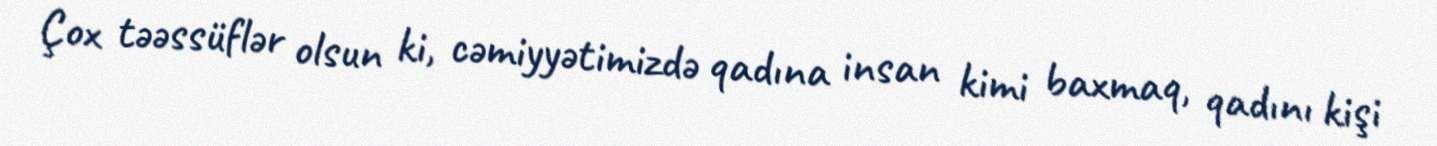
Çox təəssüflər olsun ki, cəmiyyətimizdə qadına insan kimi baxmaq, qadını kişi